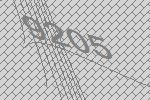
9205